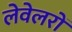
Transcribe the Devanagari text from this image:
लेवेलरों